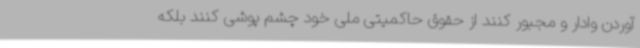
آوردن وادار و مجبور کنند از حقوق حاکمیتی ملی خود چشم پوشی کنند بلکه